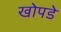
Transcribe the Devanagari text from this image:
खोपडे